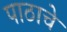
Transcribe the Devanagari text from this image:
पाठाचे